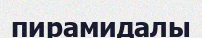
пирамидалы